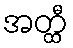
အတ္ထီ